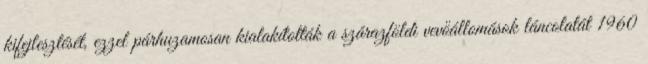
kifejlesztését, ezzel párhuzamosan kialakították a szárazföldi vevőállomások láncolatát 1960